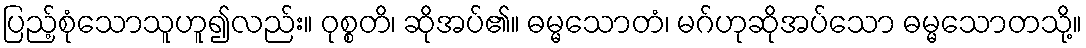
ပြည့်စုံသောသူဟူ၍လည်း။ ဝုစ္စတိ၊ ဆိုအပ်၏။ ဓမ္မသောတံ၊ မဂ်ဟုဆိုအပ်သော ဓမ္မသောတသို့။